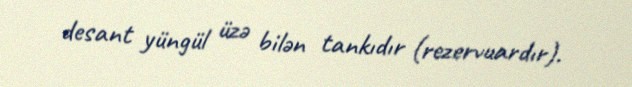
desant yüngül üzə bilən tankıdır (rezervuardır).